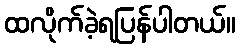
ထလိုက်ခဲ့ရပြန်ပါတယ်။